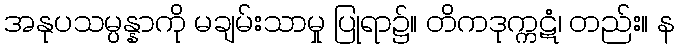
အနုပသမ္ပန္နာကို မချမ်းသာမှု ပြုရာ၌။ တိကဒုက္ကဋံ၊ တည်း။ န